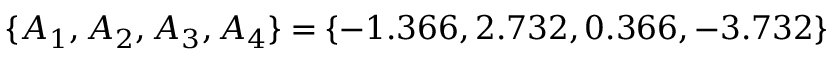
\{ A _ { 1 } , A _ { 2 } , A _ { 3 } , A _ { 4 } \} = \{ - 1 . 3 6 6 , 2 . 7 3 2 , 0 . 3 6 6 , - 3 . 7 3 2 \}